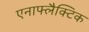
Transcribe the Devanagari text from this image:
एनाफ्लैक्टिक